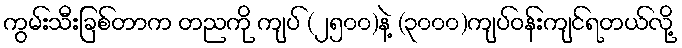
ကွမ်းသီးခြစ်တာက တညကို ကျပ် (၂၅၀၀)နဲ့ (၃၀၀၀)ကျပ်ဝန်းကျင်ရတယ်လို့